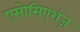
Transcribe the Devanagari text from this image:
एसोसिएशंज़